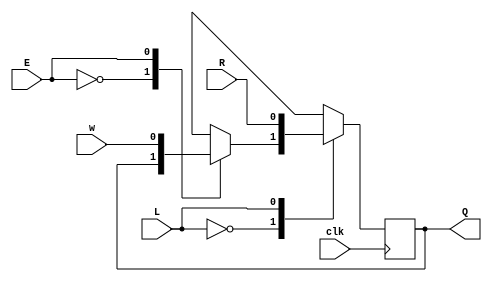
module top_module (
    input clk,
    input w, R, E, L,
    output reg Q
);
	reg out1,out2;
	initial begin
		Q = 'b0;
	end


    always @(posedge clk) begin
        case (E)
            1'b0: begin
                out1 = Q;
            end
            1'b1: begin
                out1 = w;
            end
        endcase
        case (L)
            1'b0: begin
                Q = out1;
            end
            1'b1: begin
                Q = R;
            end
            default: Q = 'b0;
        endcase
    end
endmodule